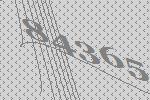
84365